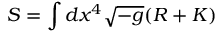
S = \int d x ^ { 4 } \sqrt { - g } ( R + K )